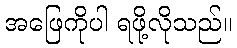
အဖြေကိုပါ ရဖို့လိုသည်။